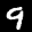
Label: 9